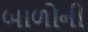
બાળોની